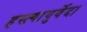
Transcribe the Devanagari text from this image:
हस्त्यायुर्वेद।